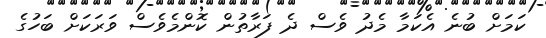
ކަމަށް ބުނެ އެކަމާ މެދު ވެސް ދެ ފަރާތުން ކޮންމެވެސް ވަރަކަށް ބަހުގެ